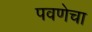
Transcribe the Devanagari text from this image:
पवणेचा